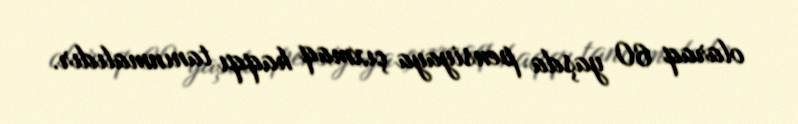
olaraq 60 yaşda pensiyaya çıxmaq haqqı tanınmalıdır.